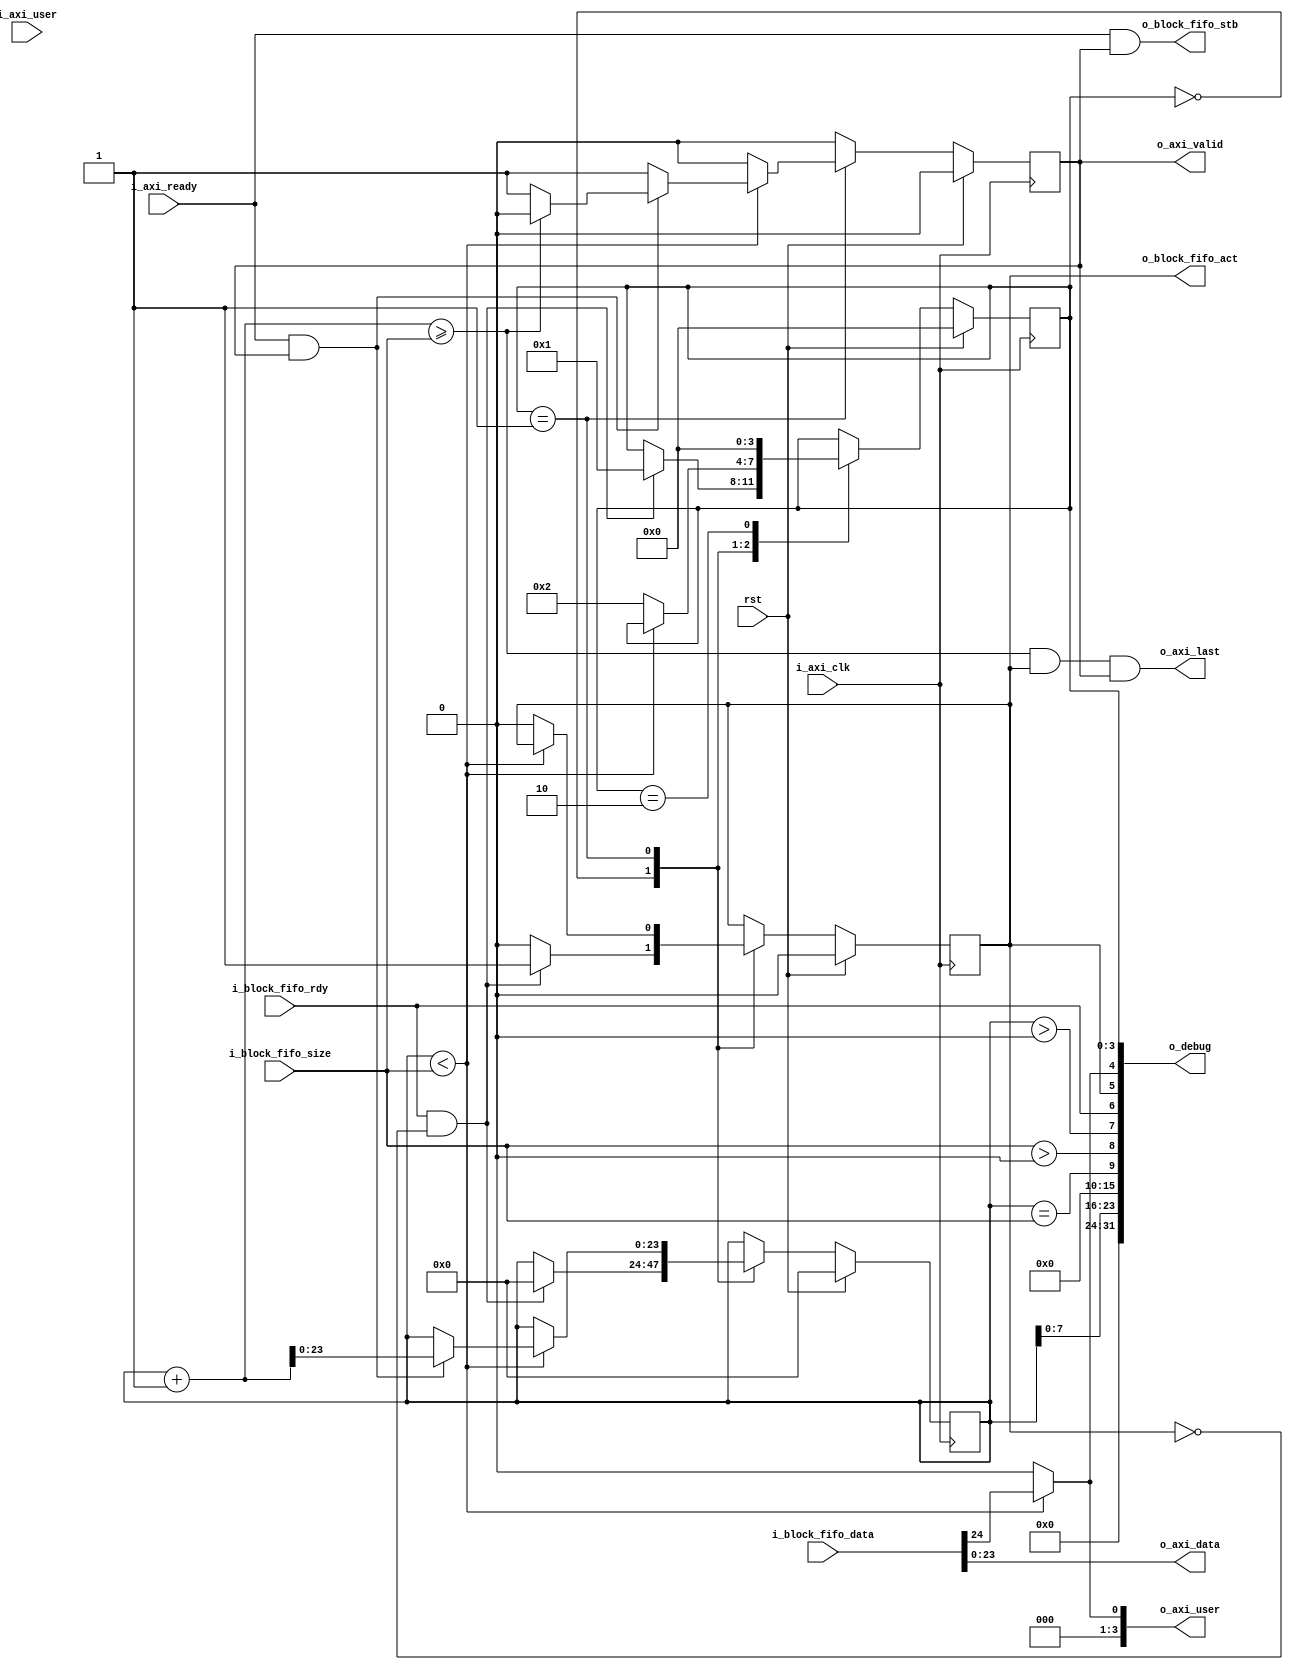
// This program was cloned from: https://github.com/CospanDesign/nysa-verilog
// License: MIT License

/*
Distributed under the MIT license.
Copyright (c) 2015 Dave McCoy (dave.mccoy@cospandesign.com)

Permission is hereby granted, free of charge, to any person obtaining a copy of
this software and associated documentation files (the "Software"), to deal in
the Software without restriction, including without limitation the rights to
use, copy, modify, merge, publish, distribute, sublicense, and/or sell copies
of the Software, and to permit persons to whom the Software is furnished to do
so, subject to the following conditions:

The above copyright notice and this permission notice shall be included in all
copies or substantial portions of the Software.

THE SOFTWARE IS PROVIDED "AS IS", WITHOUT WARRANTY OF ANY KIND, EXPRESS OR
IMPLIED, INCLUDING BUT NOT LIMITED TO THE WARRANTIES OF MERCHANTABILITY,
FITNESS FOR A PARTICULAR PURPOSE AND NONINFRINGEMENT. IN NO EVENT SHALL THE
AUTHORS OR COPYRIGHT HOLDERS BE LIABLE FOR ANY CLAIM, DAMAGES OR OTHER
LIABILITY, WHETHER IN AN ACTION OF CONTRACT, TORT OR OTHERWISE, ARISING FROM,
OUT OF OR IN CONNECTION WITH THE SOFTWARE OR THE USE OR OTHER DEALINGS IN THE
SOFTWARE.
*/

/*
 * Description:
 *  Tranlates data from a Ping Pong FIFO to an AXI Stream
 *
 * Changes:     Who?  What?
 *  04/06/2017: DFM   Initial check in.
 *  04/06/2017: DFM   Added count so that the 'last' will not be strobed until
 *                    all is sent.
 */


`timescale 1ps / 1ps

module adapter_block_fifo_2_axi_stream #(
  parameter                                     DATA_WIDTH          = 24,
  parameter                                     STROBE_WIDTH        = DATA_WIDTH / 8,
  parameter                                     USE_KEEP            = 0,
  parameter                                     USER_IN_DATA   = 1
)(
  input                                         rst,

  //Ping Poing FIFO Read Interface
  input                                         i_block_fifo_rdy,
  output  reg                                   o_block_fifo_act,
  input       [23:0]                            i_block_fifo_size,
  input       [(DATA_WIDTH + 1) - 1:0]          i_block_fifo_data,
  output                                        o_block_fifo_stb,
  input       [3:0]                             i_axi_user,

  //AXI Stream Output

  input                                         i_axi_clk,
  output      [3:0]                             o_axi_user,
  input                                         i_axi_ready,
  output      [DATA_WIDTH - 1:0]                o_axi_data,
  output                                        o_axi_last,
  output  reg                                   o_axi_valid,

  output      [31:0]                            o_debug
);

//local parameters
localparam      IDLE        = 0;
localparam      READY       = 1;
localparam      RELEASE     = 2;

//registes/wires
reg     [3:0]               state;
reg     [23:0]              r_count;

//submodules
//asynchronous logic
assign  o_axi_data      = i_block_fifo_data[DATA_WIDTH - 1: 0];
assign  o_block_fifo_stb= (i_axi_ready & o_axi_valid);

if (USER_IN_DATA) begin
  assign  o_axi_user[0]   = (r_count < i_block_fifo_size) ? i_block_fifo_data[DATA_WIDTH] : 1'b0;
  assign  o_axi_user[3:1] = 3'h0;
end
else begin
  assign  o_axi_user      = i_axi_user;
end

assign  o_axi_last      = ((r_count + 1) >= i_block_fifo_size) & o_block_fifo_act  & o_axi_valid;
//synchronous logic

assign  o_debug[3:0]    = state;
assign  o_debug[4]      = (r_count < i_block_fifo_size) ? i_block_fifo_data[DATA_WIDTH]: 1'b0;
assign  o_debug[5]      = o_block_fifo_act;
assign  o_debug[6]      = i_block_fifo_rdy;
assign  o_debug[7]      = (r_count > 0);
assign  o_debug[8]      = (i_block_fifo_size > 0);
assign  o_debug[9]      = (r_count == i_block_fifo_size);
assign  o_debug[15:10]  = 0;
assign  o_debug[23:16]  = r_count[7:0];
assign  o_debug[31:24]  = 0;

always @ (posedge i_axi_clk) begin
  o_axi_valid           <=  0;

  if (rst) begin
    state               <=  IDLE;
    o_block_fifo_act    <=  0;
    r_count             <=  0;
  end
  else begin
    case (state)
      IDLE: begin
        o_block_fifo_act    <=  0;
        if (i_block_fifo_rdy && !o_block_fifo_act) begin
          r_count       <=  0;
          o_block_fifo_act  <=  1;
          state         <=  READY;
        end
      end
      READY: begin
        if (r_count < i_block_fifo_size) begin
          o_axi_valid         <=  1;
          if (i_axi_ready && o_axi_valid) begin
            r_count         <= r_count + 1;
            if ((r_count + 1) >= i_block_fifo_size) begin
              o_axi_valid     <=  0;
            end
          end
        end
        else begin
          o_block_fifo_act  <=  0;
          state             <=  RELEASE;
        end
      end
      RELEASE: begin
        state               <=  IDLE;
      end
      default: begin
      end
    endcase
  end
end

endmodule